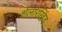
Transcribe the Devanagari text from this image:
शेलारखिंड